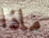
ماذا